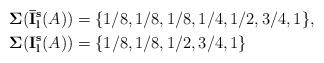
LaTeX: \begin{align*}&{\bf \Sigma}({\bf \bar I_l^s}(A))=\{1/8, 1/8, 1/8, 1/4, 1/2, 3/4,1\}, \\&{\bf \Sigma}({\bf I_l^s}(A))=\{1/8, 1/8, 1/2, 3/4,1\}\end{align*}